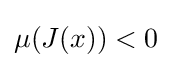
\mu (J(x))<0